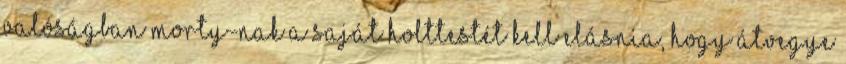
valóságban Morty-nak a saját holttestét kell elásnia, hogy átvegye